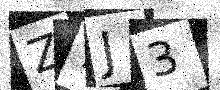
Text: Z7J3